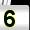
Digit: 5